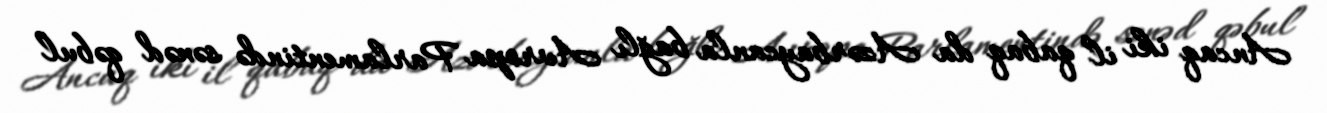
Ancaq iki il qabaq da Azərbaycanla bağlı Avropa Parlamentində sənəd qəbul